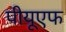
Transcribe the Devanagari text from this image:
पीयूएफ